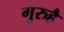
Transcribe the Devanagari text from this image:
गुरुहै